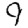
Digit: 9